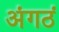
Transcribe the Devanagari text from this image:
अंगठं